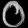
Digit: ၀